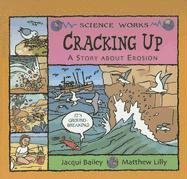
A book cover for Cracking Up: A Story About Erosion (Science Works); Jacqui Bailey; Children's Books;